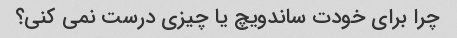
چرا برای خودت ساندویچ یا چیزی درست نمی کنی؟